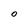
Character: 0